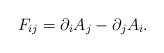
LaTeX: \begin{align*}F_{ij} = \partial_i A_j - \partial_j A_i.\end{align*}